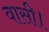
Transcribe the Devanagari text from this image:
वासी।